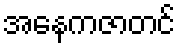
အနေကဇာတင်